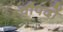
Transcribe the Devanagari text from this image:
चौपदों